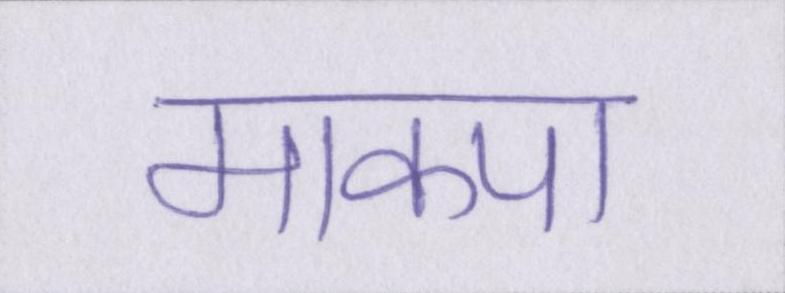
माकपा